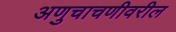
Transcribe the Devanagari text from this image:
अणुचाचणीवरील